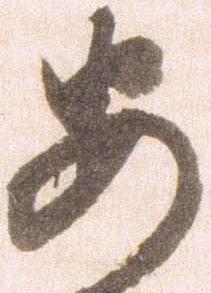
安